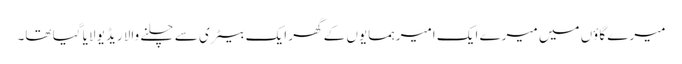
میرے گاؤں میں میرے ایک امیر ہمسایوں کے گھر ایک بیٹری سے چلنے والا ریڈیو لایا گیا تھا۔